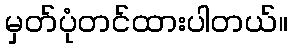
မှတ်ပုံတင်ထားပါတယ်။